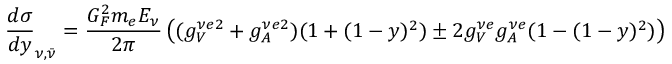
{ \frac { d { \sigma } } { d y } } _ { \nu , { \bar { \nu } } } = { \frac { G _ { F } ^ { 2 } m _ { e } E _ { \nu } } { 2 \pi } } \left( ( g _ { V } ^ { \nu e 2 } + g _ { A } ^ { \nu e 2 } ) ( 1 + ( 1 - y ) ^ { 2 } ) \pm { 2 g _ { V } ^ { \nu e } g _ { A } ^ { \nu e } ( 1 - ( 1 - y ) ^ { 2 } ) } \right)